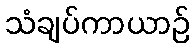
သံချပ်ကာယာဉ်